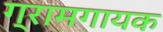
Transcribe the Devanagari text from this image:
ग्रामगायक